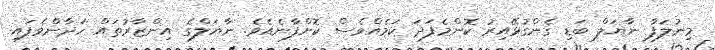
މިނުލަފާ ނާޔަލް ބަޑި ގެންގުޅޭއިރު ކޮންމެފަދަ ކަމެއްވެސް ކޮށްފާނެއެވެ. ނާޔަލްގެ އިންޒާރުތައް ހަދާންވެފައި